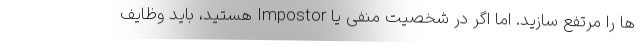
ها را مرتفع سازید. اما اگر در شخصیت منفی یا Impostor هستید، باید وظایف